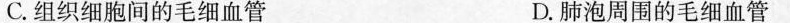
C.组织细胞间的毛细血管 D.肺泡周围的毛细血管